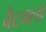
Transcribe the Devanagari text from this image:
बैटक्लॉ